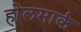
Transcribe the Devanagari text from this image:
होलमार्क